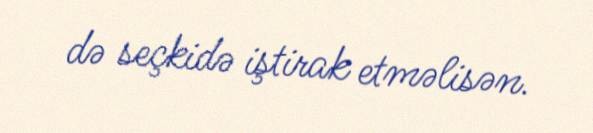
də seçkidə iştirak etməlisən.